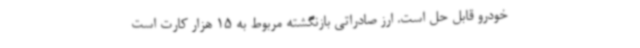
خودرو قابل حل است. ارز صادراتی بازنگشته مربوط به 15 هزار کارت است